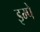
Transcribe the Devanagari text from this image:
इम्पे